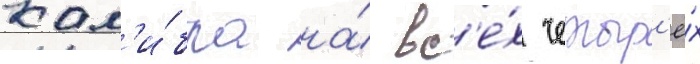
кал'и́бра на́ вс'е́х четыр'ё́х